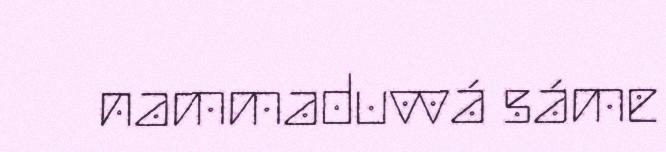
nammaduvvá sáme